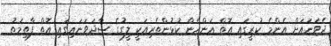
ދެވަނައަށް އެންމެ ކުރީގައި އޮތް އަންހެން ކުޅުންތެރިއަކީ ލީގުގެ ސާދަވަނައިގައި އޮތް ފާތިމަތު